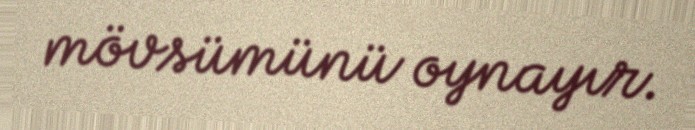
mövsümünü oynayır.